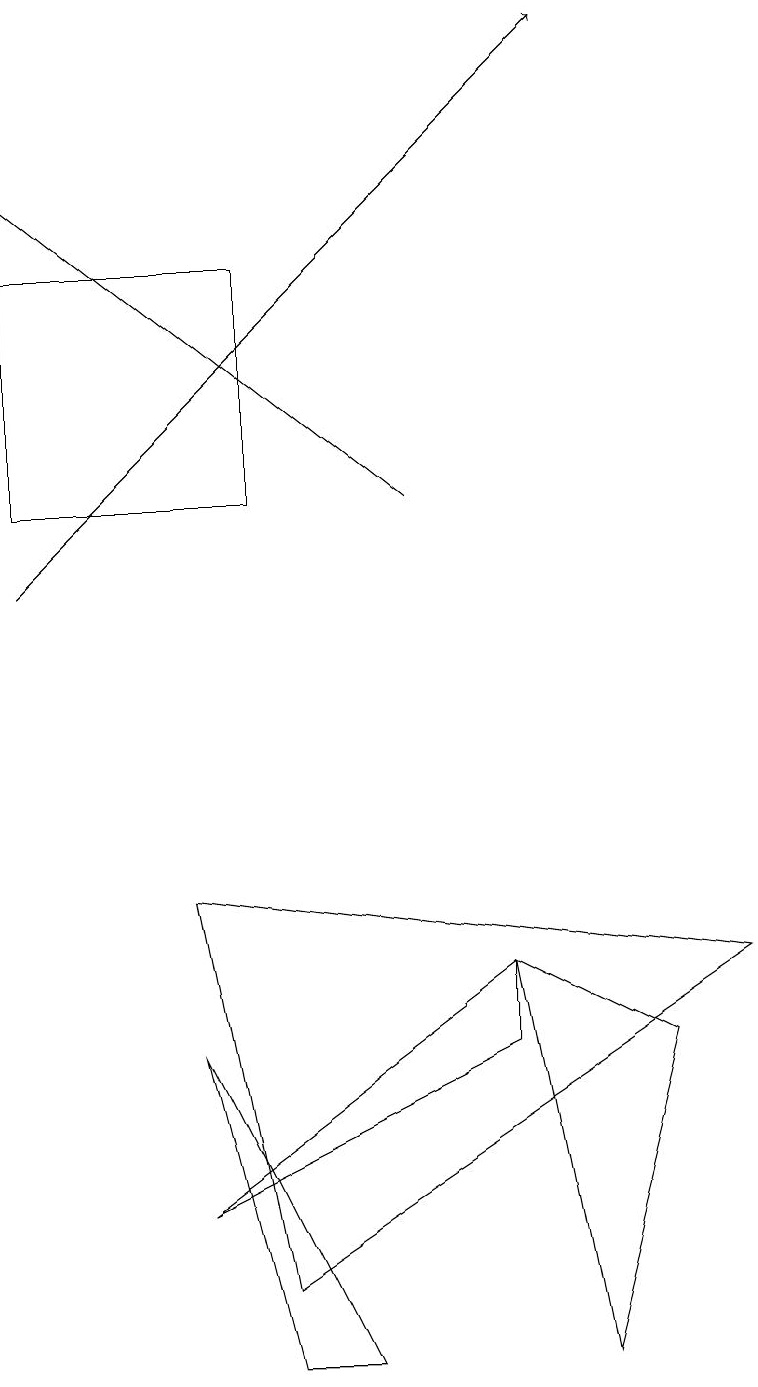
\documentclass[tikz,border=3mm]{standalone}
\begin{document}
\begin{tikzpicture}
\draw (6,6) -- (6,7) -- (2,4) -- cycle;
\draw[->] (0,12) -- (7,19);
\draw[->] (5,13) -- (0,17);
\draw (2,8) -- (9,7) -- (3,3) -- cycle;
\draw (4,2) -- (3,2) -- (2,6) -- cycle;
\draw (0,13) rectangle (3,16);
\draw (6,7) -- (8,6) -- (7,2) -- cycle;
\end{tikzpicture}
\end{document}